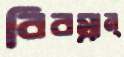
বিবস্বান্‌